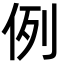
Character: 例